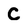
Character: C